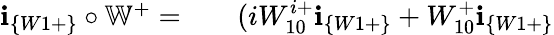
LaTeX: \begin{array}{rlr}{\textbf{i}_{\{ W1+\} }\circ\mathbb{W}^{+}=}&{{}}&{(iW_{10}^{i+}\textbf{i}_{\{ W1+\} }+W_{10}^{+}\textbf{i}_{\{ W1+\} }}\end{array}